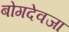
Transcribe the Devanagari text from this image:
बोगदेवजा